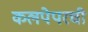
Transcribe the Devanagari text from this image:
कलपेपरची